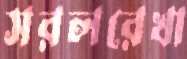
সরলরেখা